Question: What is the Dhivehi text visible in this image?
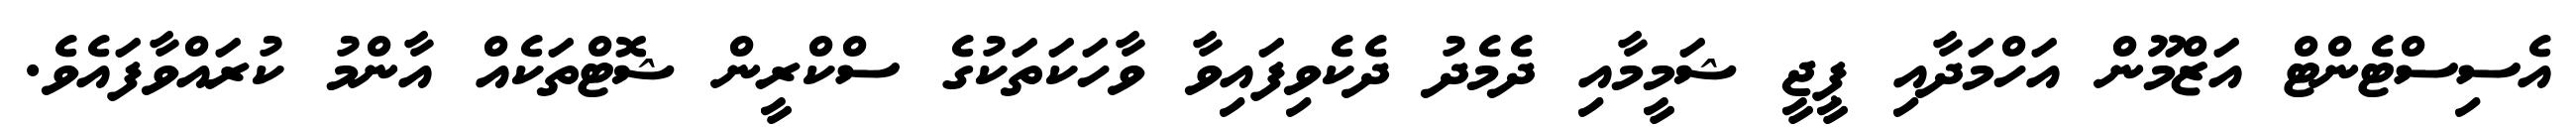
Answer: އެސިސްޓެންޓް އަޒްމޫން އަހްމަދާއި ޕީޖީ ޝަމީމާއި ދެމެދު ދެކެވިފައިވާ ވާހަކަތަކުގެ ސްކްރީން ޝޮޓްތަކެއް އާންމު ކުރައްވާފައެވެ.